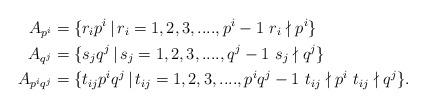
LaTeX: \begin{align*} A_{p^{i}} &=\{r_{i}p^{i}\,|\,r_{i}= 1,2,3,....,p^{i}-1\, \, r_{i}\nmid p^{i} \}\\ A_{q^{j}} &=\{s_{j}q^{j}\,|\,s_{j}= 1,2,3,....,q^{j}-1\, \, s_{j}\nmid q^{j} \} \\ A_{p^{i}q^{j}} &=\{t_{ij}p^iq^{j}\,|\,t_{ij}= 1,2,3,....,p^{i}q^{j}-1\, \, t_{ij}\nmid p^i\, \, t_{ij}\nmid q^j \}.\end{align*}